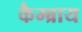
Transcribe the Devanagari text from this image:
कैम्ब्राय